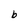
Character: b